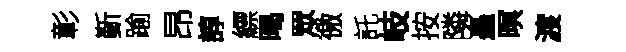
彰斳踰昂諄縹暍眾徼託岐按隣矗暝渡